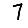
Digit: 7